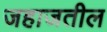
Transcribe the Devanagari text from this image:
जहाजतील